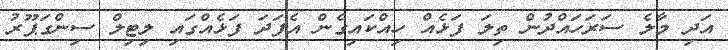
އަދި މާލެ ސަރަހައްދުން ތިލަ ފަޅެއް ހިއްކައިގެން އެފަދަ ފަޅެއްގައި ލިޓިލް ސިންގަޕޫރު